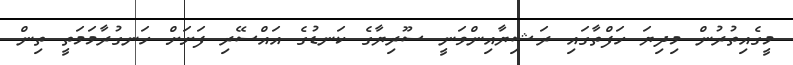
މީގެއިތުރުން މިދިޔަ ހަފްތާގައި ރަޝިޔާއިންވަނީ ސޫރިޔާގެ ކަނޑުގެ އައްސޭރި ފަށަށް ހަނގުރާމަމަތީ ތިން